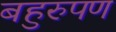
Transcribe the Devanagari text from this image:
बहुरुपण